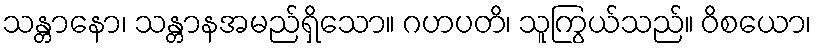
သန္တာနော၊ သန္တာနအမည်ရှိသော။ ဂဟပတိ၊ သူကြွယ်သည်။ ဝိစယော၊